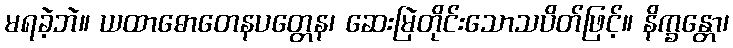
မရခဲ့ဘဲ။ ယထာဓောတေနပတ္တေန၊ ဆေးမြဲတိုင်းသောသပိတ်ဖြင့်။ နိက္ခန္တော၊